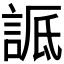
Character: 𬢬